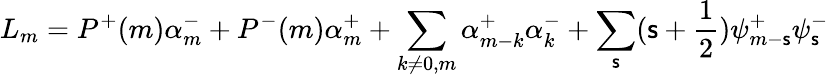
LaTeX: L_{m}=P^{+}(m)\alpha_{m}^{-}+P^{-}(m)\alpha_{m}^{+}+\sum_{k\ne0,m}\alpha_{m-k}^{+}\alpha_{k}^{-}+\sum_{\mathsf{s}}(\mathsf{s}+\frac{{1}}{{2}})\psi_{m-\mathsf{s}}^{+}\psi_{\mathsf{s}}^{-}